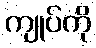
ကျုပ်ကို